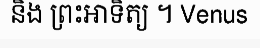
និង ព្រះអាទិត្យ ។ Venus